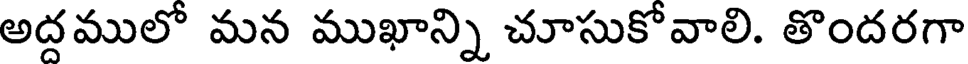
అదములో మన ముఖాన్ని చూసుకోవాలి. తొందరగా